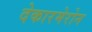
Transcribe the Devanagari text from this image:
देकारमेरोन